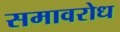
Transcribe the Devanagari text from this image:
समावरोध